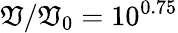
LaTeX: \mathfrak{V}/\mathfrak{V}_{0}=10^{0.75}